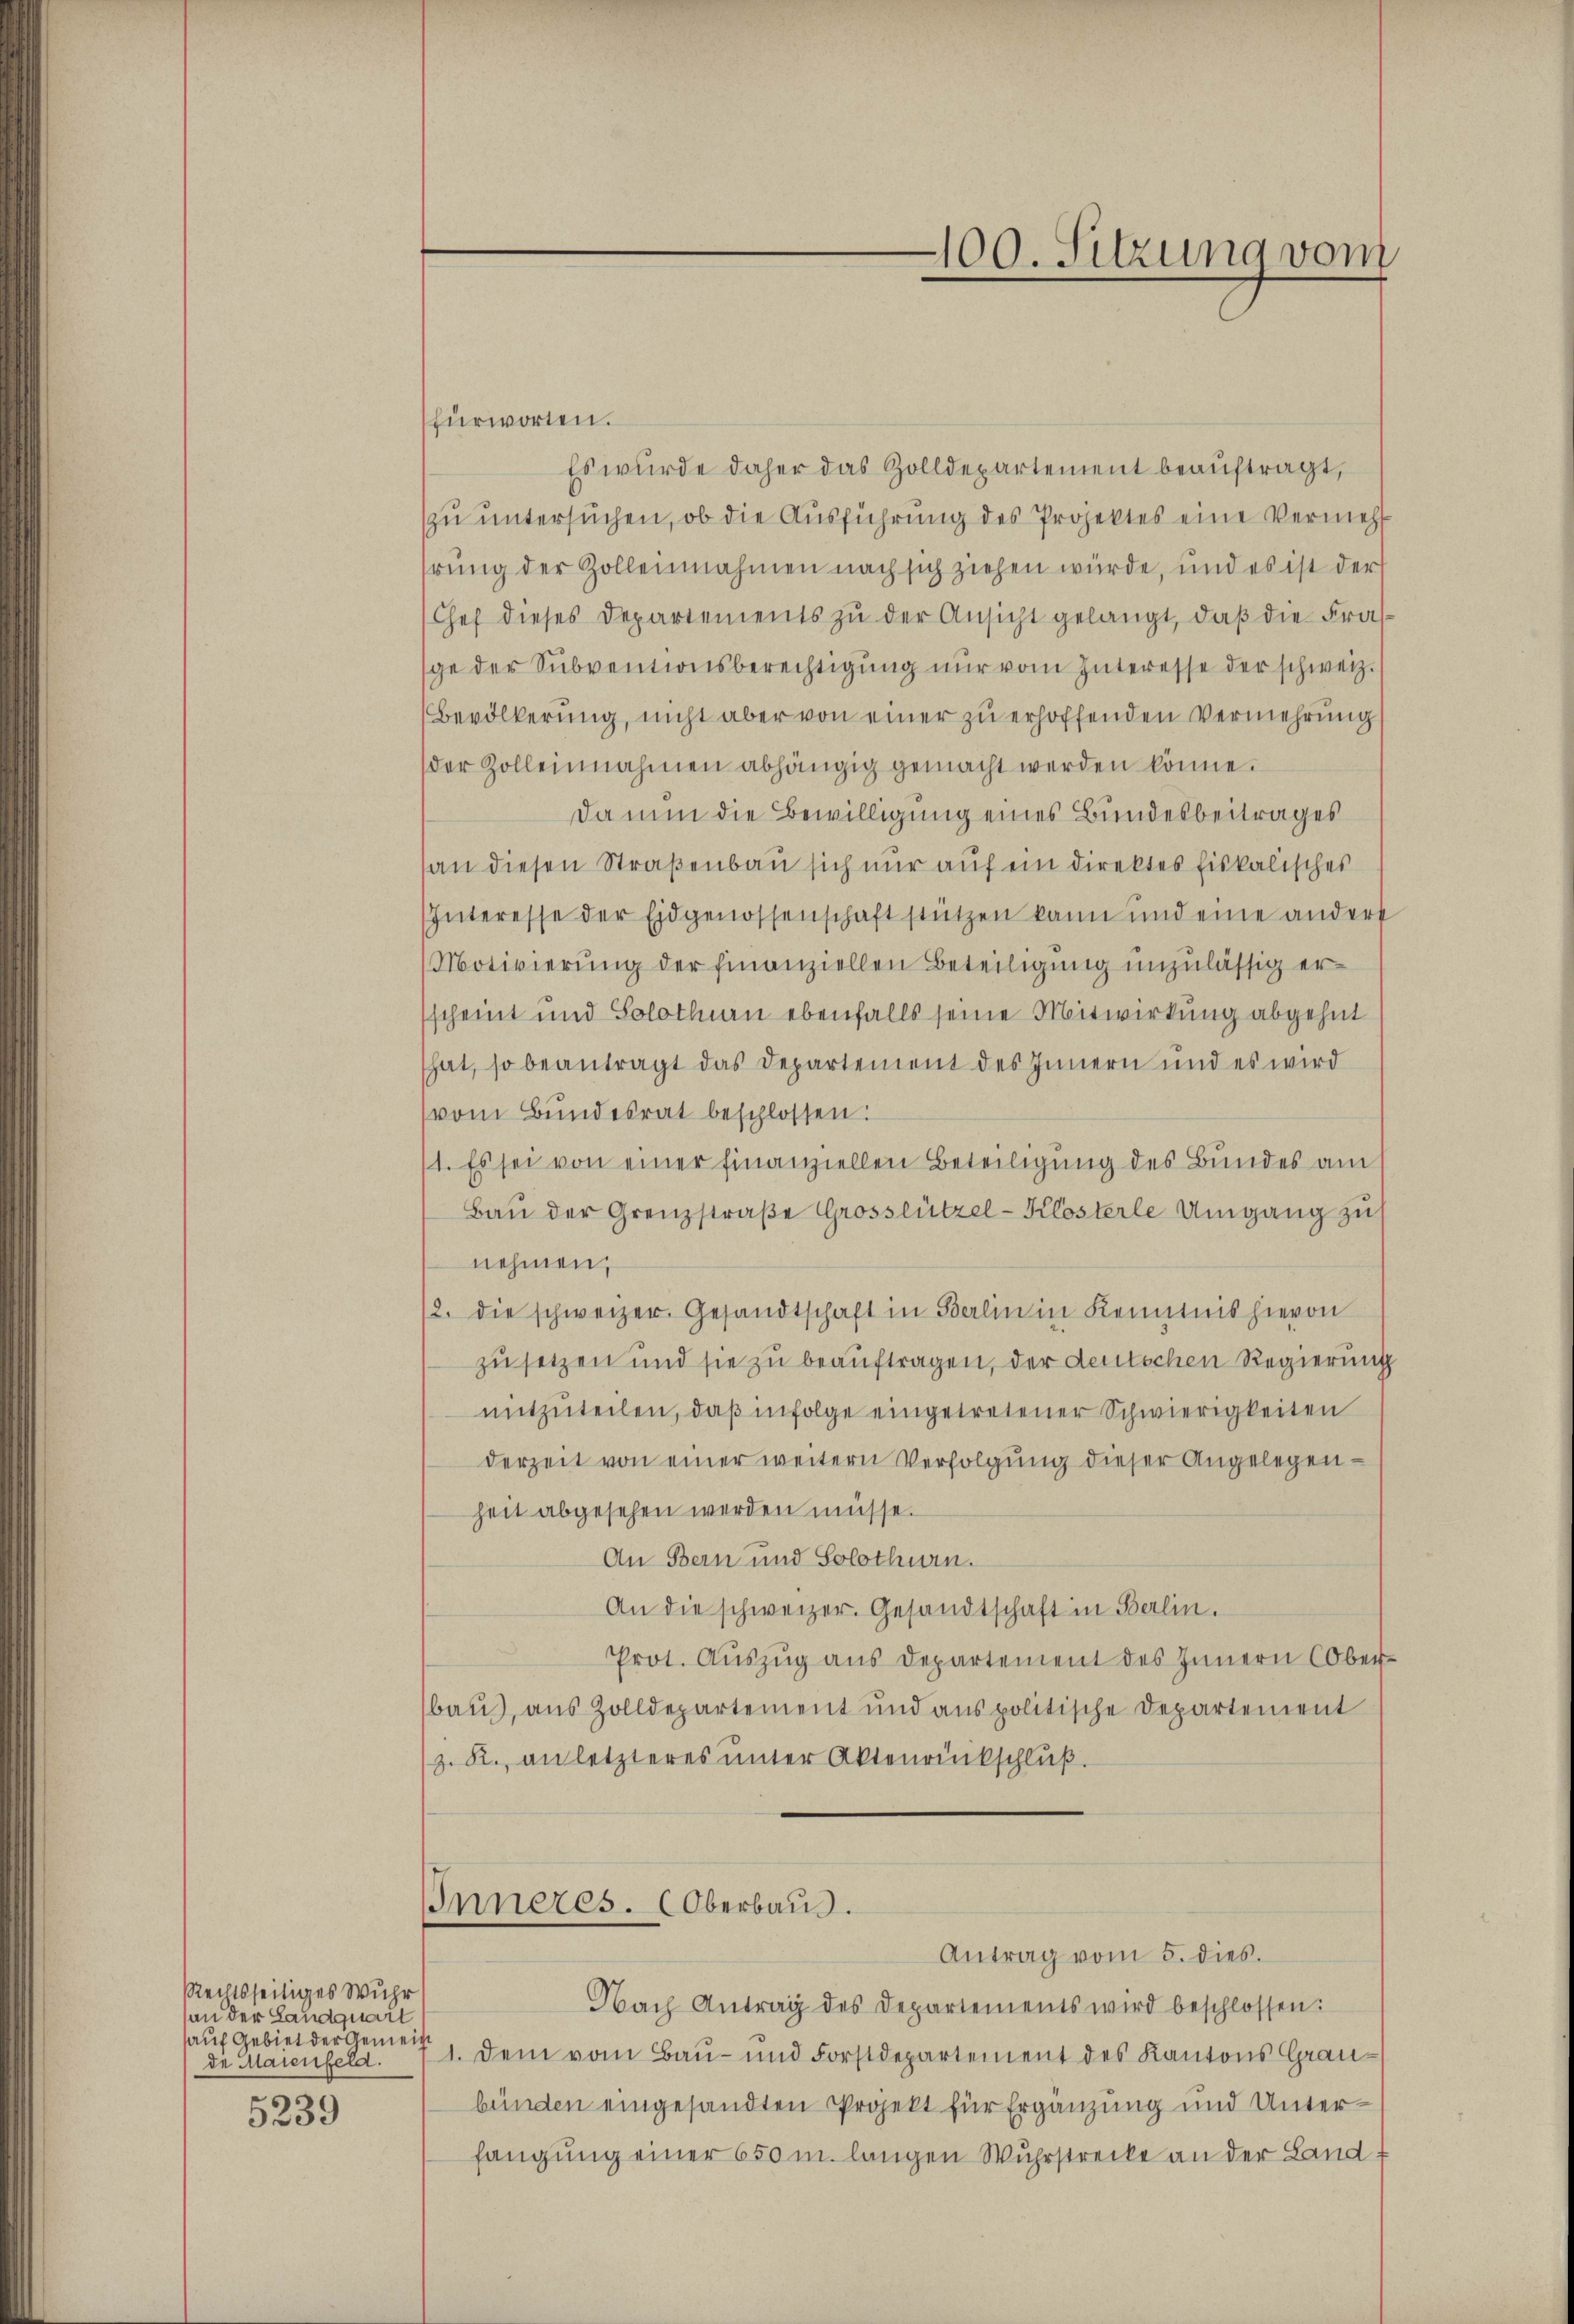
Rechtsseitiges Wuhr
an der Landquart
auf Gebiet der Gemeine
de Maienfeld.
5239

100. Sitzung vom

fürworten.
Es wurde daher das Zolldepartement beaŭftragt,
zu untersuchen, ob die Ausführung des Projektes eine Vermehr
hrŭng der Zollennahmen nach sich ziehen würde, und es ist der
(Chef dieses Departements zŭ der Ansicht gelangt, daβ die Fras-
ge der Subventionsberechtigung nur vom Interesse der schweiz.
(Bevölkerung, nicht aber von einer zu erhoffenden Vermehrung
der Zolleinnahmen abhängig gemacht werden könne.
Da nun die Bewilligung eines Bundesbeitrages
an diesen Straßenbau sich nur auf ein direktes Eiskalisches
Interesse der Eidgenossenschaft stützen kann und eine andert
Motivierung der finanziellen Beteiligung unzulässig ersscheint und Solothurn ebenfalls seine Mitwirkung abgehet
hat, so beantragt das Departement des Innern und es wird
(vom Bundesrat beschlossen:
1. Es sei von einer finanziellen Beteiligung des Bundes am
Bau der Grenzstraße Grosslützel-Klosterle Umgang zu
nehmen,
2. die schweizer. Gesandtschaft in Berlin in Kenntnis hievon
zusetzen und sie zu beauftragen, der deutschen Regierung
mitzŭteilen, daß infolge eingetretener Schwierigkeiten
derzeit von einer weitern Verfolgung dieser Angelegenheit abgesehen werden müsse.
An Bern und Solothurn.
An die schweizer. Gesandtschaft in Berlin.
Prot. Aŭszŭg aŭs Departement des Innern Oberbau, aus Zolldepartement und aus politische Departement
z. R., an letzteres unter Aktenrückschlŭβ

Inneres. (Oberbaus.
Antrag vom 5. dies.

Nach Antrag des Departements wird beschlossen:
1. Dem vom Bau- und Forstdepartement des Kantons Graubünden eingesandten Projekt für Ergänzung und Unterfangung einer 650 m langen Wuhrstrecke an der Land-